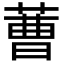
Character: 蓸